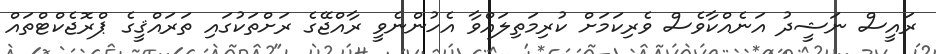
ރައީސް ނަޝީދު އަނެއްކާވެސް ވެރިކަމަށް ކުރިމަތިލައްވާ އެހުންނެވީ ރާއްޖޭގެ ރަށްތަކުގައި ތަރައްޤީގެ ޕްރޮޖެކްޓްތައް